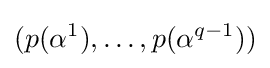
(p(\alpha ^{1}),\dots ,p(\alpha ^{q-1}))